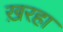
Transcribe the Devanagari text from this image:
ख़रहा